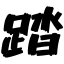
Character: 踏